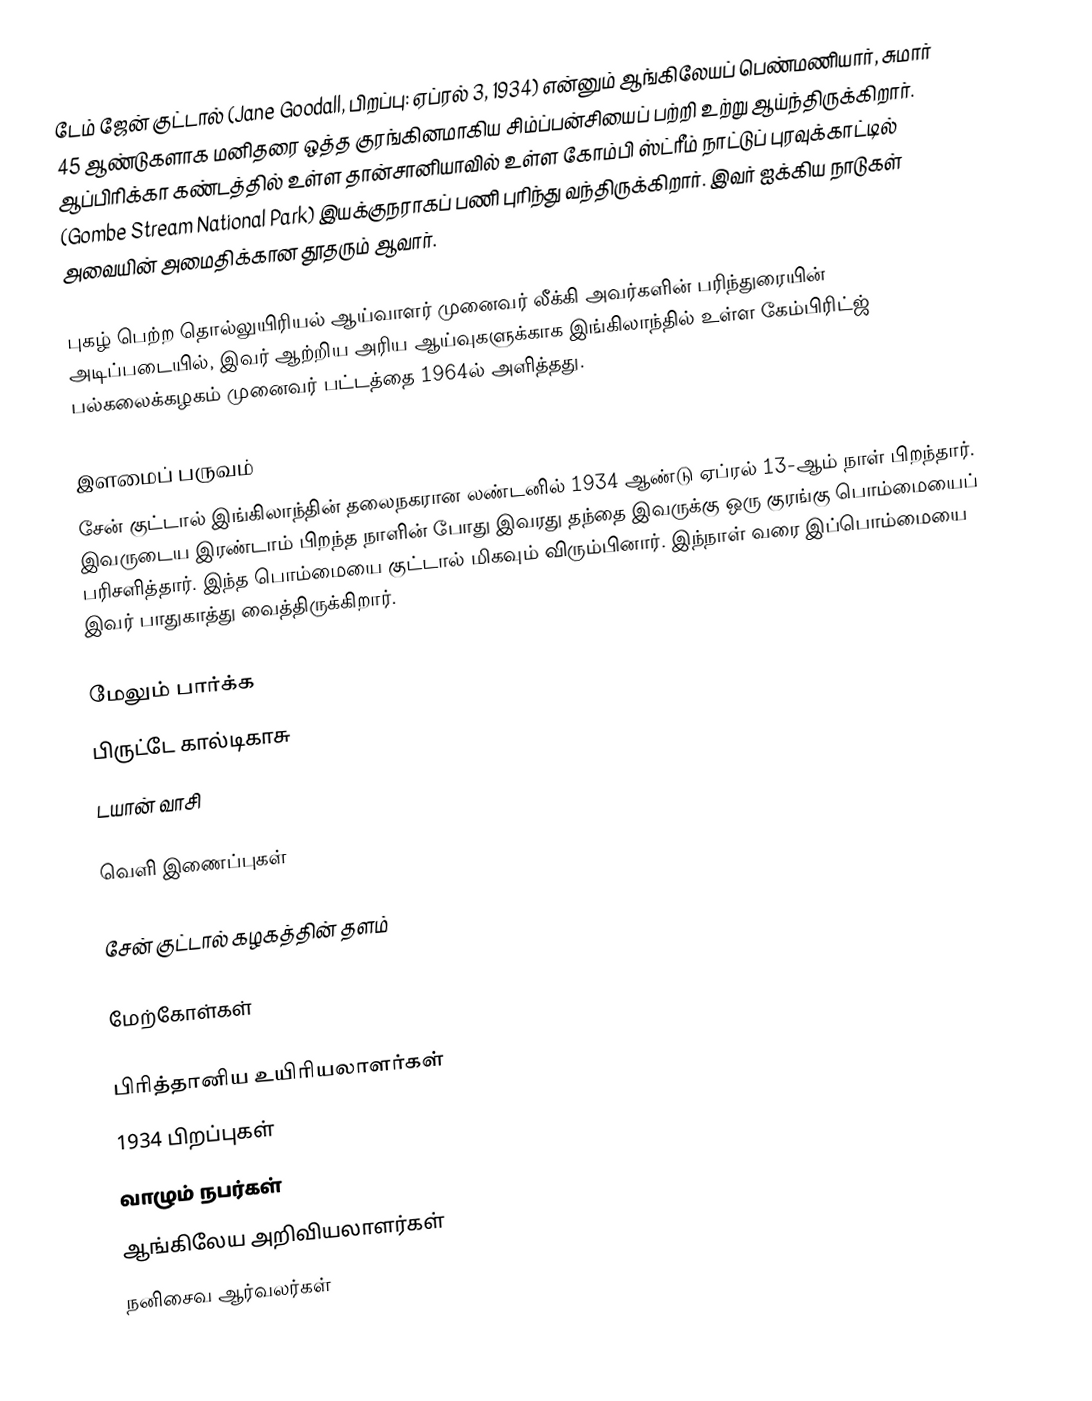
டேம் ஜேன் குட்டால் (Jane Goodall, பிறப்பு: ஏப்ரல் 3, 1934) என்னும் ஆங்கிலேயப் பெண்மணியார், சுமார் 45 ஆண்டுகளாக மனிதரை ஒத்த குரங்கினமாகிய சிம்ப்பன்சியைப் பற்றி உற்று ஆய்ந்திருக்கிறார். ஆப்பிரிக்கா கண்டத்தில் உள்ள தான்சானியாவில் உள்ள கோம்பி ஸ்ட்ரீம் நாட்டுப் புரவுக்காட்டில் (Gombe Stream National Park) இயக்குநராகப் பணி புரிந்து வந்திருக்கிறார். இவர் ஐக்கிய நாடுகள் அவையின் அமைதிக்கான தூதரும் ஆவார்.

புகழ் பெற்ற தொல்லுயிரியல் ஆய்வாளர் முனைவர் லீக்கி அவர்களின் பரிந்துரையின் அடிப்படையில், இவர் ஆற்றிய அரிய ஆய்வுகளுக்காக இங்கிலாந்தில் உள்ள கேம்பிரிட்ஜ் பல்கலைக்கழகம் முனைவர் பட்டத்தை 1964ல் அளித்தது.

இளமைப் பருவம்
சேன் குட்டால் இங்கிலாந்தின் தலைநகரான லண்டனில் 1934 ஆண்டு ஏப்ரல் 13-ஆம் நாள் பிறந்தார். இவருடைய இரண்டாம் பிறந்த நாளின் போது இவரது தந்தை இவருக்கு ஒரு குரங்கு பொம்மையைப் பரிசளித்தார். இந்த பொம்மையை குட்டால் மிகவும் விரும்பினார். இந்நாள் வரை இப்பொம்மையை இவர் பாதுகாத்து வைத்திருக்கிறார்.

மேலும் பார்க்க
 பிருட்டே கால்டிகாசு
 டயான் வாசி

வெளி இணைப்புகள்

 சேன் குட்டால் கழகத்தின் தளம்

மேற்கோள்கள்

பிரித்தானிய உயிரியலாளர்கள்
1934 பிறப்புகள்
வாழும் நபர்கள்
ஆங்கிலேய அறிவியலாளர்கள்
நனிசைவ ஆர்வலர்கள்